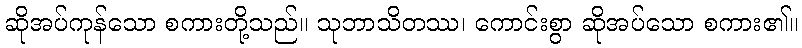
ဆိုအပ်ကုန်သော စကားတို့သည်။ သုဘာသိတဿ၊ ကောင်းစွာ ဆိုအပ်သော စကား၏။